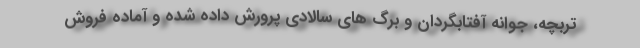
تربچه، جوانه آفتابگردان و برگ های سالادی پرورش داده شده و آماده فروش